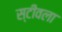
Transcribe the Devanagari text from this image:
स्टीवला